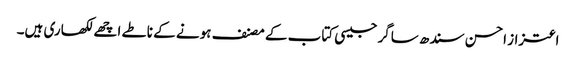
اعتزاز احسن سندھ ساگر جیسی کتاب کے مصنف ہونے کے ناطے اچھے لکھاری ہیں۔